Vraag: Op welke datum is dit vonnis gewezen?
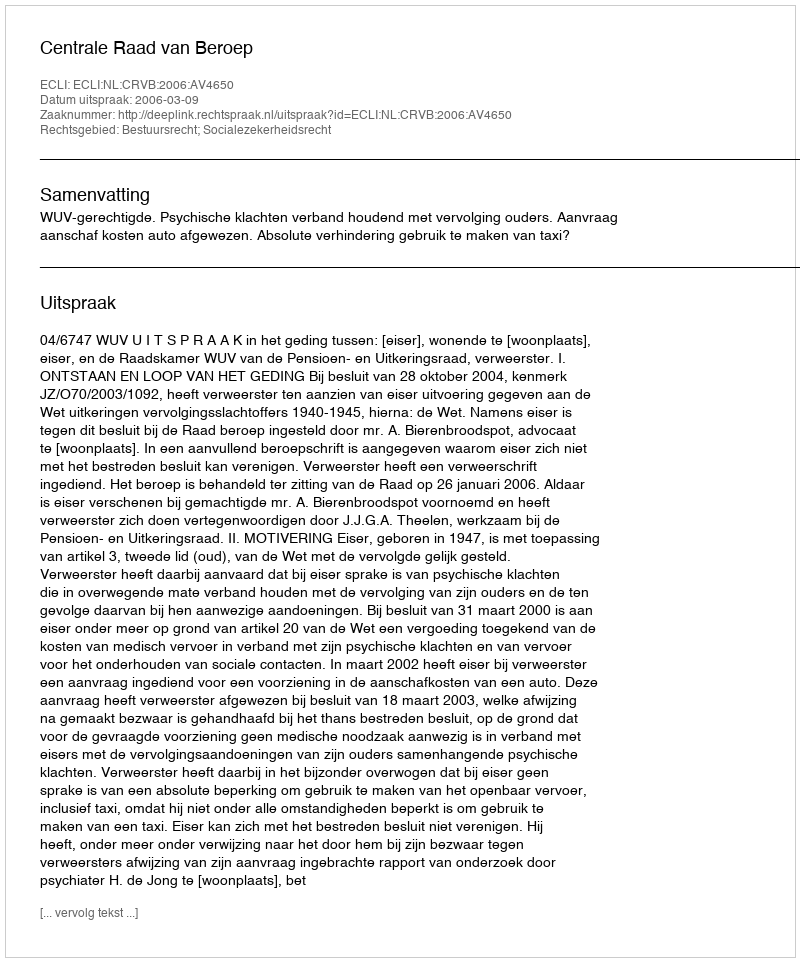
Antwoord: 2006-03-09